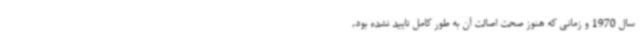
سال 1970 و زمانی که هنوز صحت اصالت آن به طور کامل تایید نشده بود،